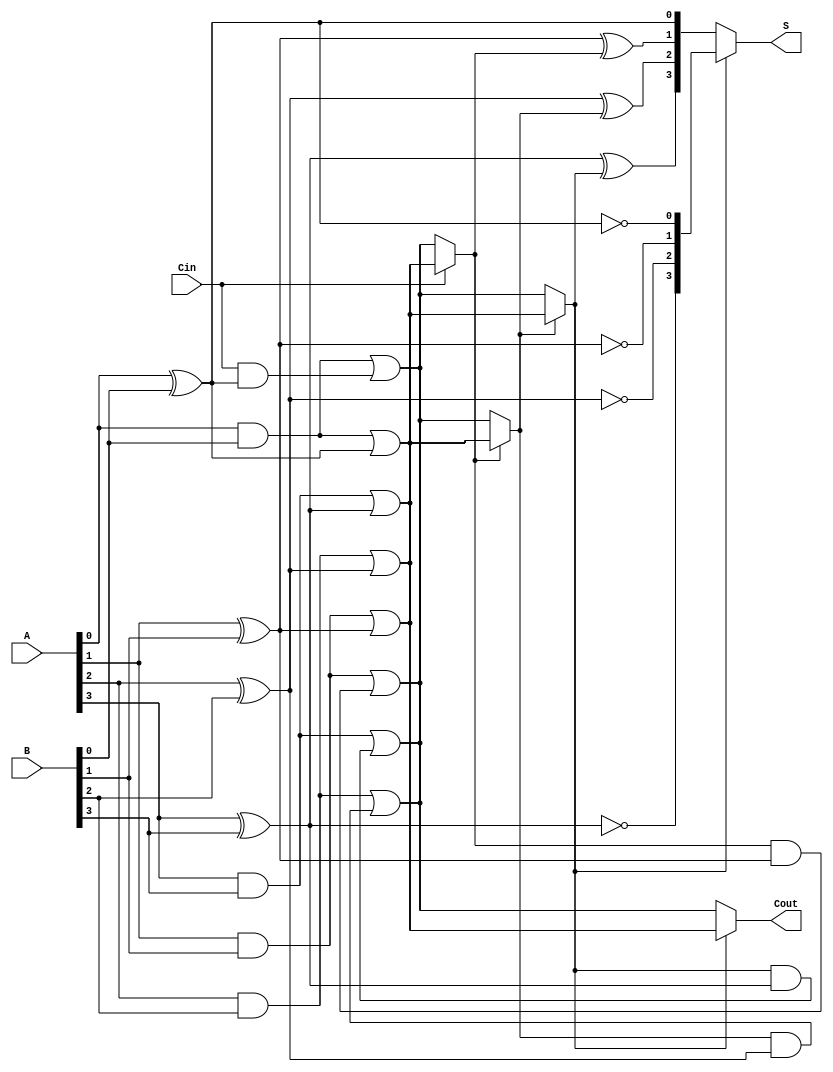
module CCSA_4bit (
    input [3:0] A,      // 4-bit input A
    input [3:0] B,      // 4-bit input B
    input Cin,          // Input carry
    output [3:0] S,     // 4-bit sum output
    output Cout         // Output carry
);

    wire [3:0] S0, S1;  // Sums for carry = 0 and carry = 1
    wire C0, C1;        // Carry out for carry = 0 and carry = 1

    // Segment 0 (LSB)
    assign S0[0] = A[0] ^ B[0] ^ 0; // Sum when carry = 0
    assign C0 = (A[0] & B[0]) | (Cin & (A[0] ^ B[0])); // Carry out when carry = 0

    assign S1[0] = A[0] ^ B[0] ^ 1; // Sum when carry = 1
    assign C1 = (A[0] & B[0]) | (1 & (A[0] ^ B[0])); // Carry out when carry = 1

    // MUX for selecting sum and carry out for segment 0
    wire selected_S0 = Cin ? S1[0] : S0[0];
    wire selected_C0 = Cin ? C1 : C0;

    // Segment 1
    assign S0[1] = A[1] ^ B[1] ^ selected_C0; // Sum when carry = 0
    assign C0 = (A[1] & B[1]) | (selected_C0 & (A[1] ^ B[1])); // Carry out when carry = 0

    assign S1[1] = A[1] ^ B[1] ^ 1; // Sum when carry = 1
    assign C1 = (A[1] & B[1]) | (1 & (A[1] ^ B[1])); // Carry out when carry = 1

    // MUX for selecting sum and carry out for segment 1
    wire selected_S1 = selected_C0 ? S1[1] : S0[1];
    wire selected_C1 = selected_C0 ? C1 : C0;

    // Segment 2
    assign S0[2] = A[2] ^ B[2] ^ selected_C1; // Sum when carry = 0
    assign C0 = (A[2] & B[2]) | (selected_C1 & (A[2] ^ B[2])); // Carry out when carry = 0

    assign S1[2] = A[2] ^ B[2] ^ 1; // Sum when carry = 1
    assign C1 = (A[2] & B[2]) | (1 & (A[2] ^ B[2])); // Carry out when carry = 1

    // MUX for selecting sum and carry out for segment 2
    wire selected_S2 = selected_C1 ? S1[2] : S0[2];
    wire selected_C2 = selected_C1 ? C1 : C0;

    // Segment 3 (MSB)
    assign S0[3] = A[3] ^ B[3] ^ selected_C2; // Sum when carry = 0
    assign C0 = (A[3] & B[3]) | (selected_C2 & (A[3] ^ B[3])); // Carry out when carry = 0

    assign S1[3] = A[3] ^ B[3] ^ 1; // Sum when carry = 1
    assign C1 = (A[3] & B[3]) | (1 & (A[3] ^ B[3])); // Carry out when carry = 1

    // MUX for selecting final sum and carry out
    assign S = selected_C2 ? S1 : S0;
    assign Cout = selected_C2 ? C1 : C0;

endmodule